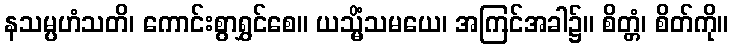
နသမ္ပဟံသတိ၊ ကောင်းစွာရွှင်စေ။ ယသ္မိံသမယေ၊ အကြင်အခါ၌။ စိတ္တံ၊ စိတ်ကို။